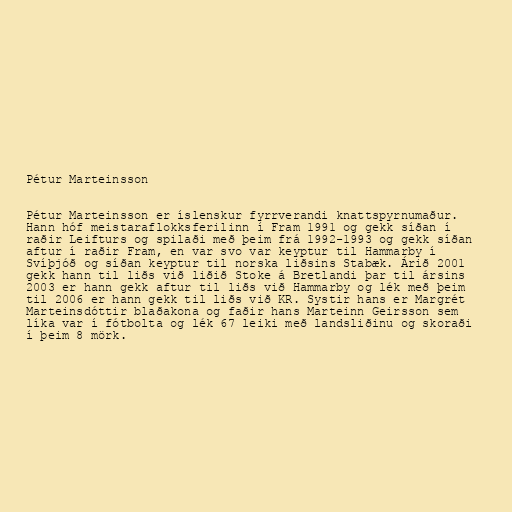
Pétur Marteinsson

Pétur Marteinsson er íslenskur fyrrverandi knattspyrnumaður.
Hann hóf meistaraflokksferilinn í Fram 1991 og gekk síðan í
raðir Leifturs og spilaði með þeim frá 1992-1993 og gekk síðan
aftur í raðir Fram, en var svo var keyptur til Hammarby í
Svíþjóð og síðan keyptur til norska liðsins Stabæk. Árið 2001
gekk hann til liðs við liðið Stoke á Bretlandi þar til ársins
2003 er hann gekk aftur til liðs við Hammarby og lék með þeim
til 2006 er hann gekk til liðs við KR. Systir hans er Margrét
Marteinsdóttir blaðakona og faðir hans Marteinn Geirsson sem
líka var í fótbolta og lék 67 leiki með landsliðinu og skoraði
í þeim 8 mörk.